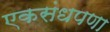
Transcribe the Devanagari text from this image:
एकसंधपणा